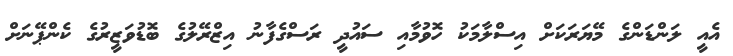
އެއީ ލަންޑަންގެ މޭޔަރަކަށް އިސްލާމަކު ހޮވުމާއި ސައުދީ ރަސްގެފާނު އިޒްރޭލުގެ ބޮޑުވަޒީރުގެ ކެންޕޭނަށް